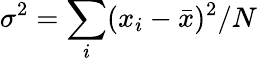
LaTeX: \sigma^{2}=\sum_{i}(x_{i}-\bar{x})^{2}/N